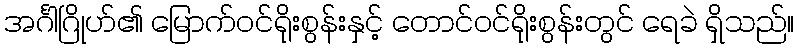
အင်္ဂါဂြိုဟ်၏ မြောက်ဝင်ရိုးစွန်းနှင့် တောင်ဝင်ရိုးစွန်းတွင် ရေခဲ ရှိသည်။